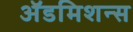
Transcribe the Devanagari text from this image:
अॅडमिशन्स